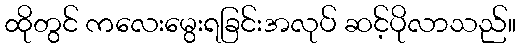
ထိုတွင် ကလေးမွေးရခြင်းအလုပ် ဆင့်ပိုလာသည်။